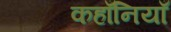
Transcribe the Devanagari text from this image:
कहाँनियाँ